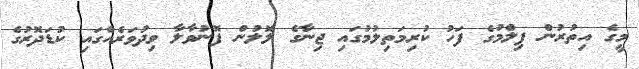
މީގެ އިތުރުން ފިލްމުގެ ފަހު ކުރިމަތިލުމުގައި ޖިނާގެ ލޮލުން ފޮނުވާލާ ވިދުވަރެއްގައި ކުޑަދޮރުގެ